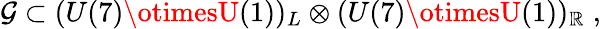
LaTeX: {\cal{G}}\subset(U(7)\otimesU(1))_{L}\otimes(U(7)\otimesU(1))_{\mathbb{R}}\; ,